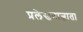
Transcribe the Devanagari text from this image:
प्रलेखनाज्ञाता